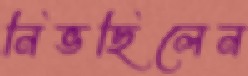
নিভছিলেন